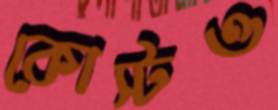
কোস্টও